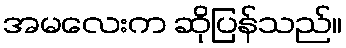
အမလေးက ဆိုပြန်သည်။